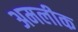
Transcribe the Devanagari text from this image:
अमलीक